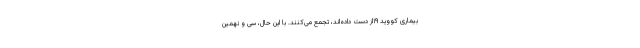
بیماری کووید ۱۹از دست داده‌اند، تجمع می‌کنند. با این حال، سی و نهمین